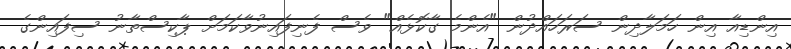
އިންޑިއާ އިން ހަމަލާދިން ސަރަހައްދުން "އެންމެ ގާކޮޅެއް" ވެސް ފެނިފައިނުވާކަމަށް ޕާކިސްތާނު ސިފައިންގެ